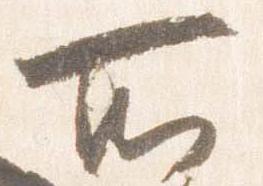
所